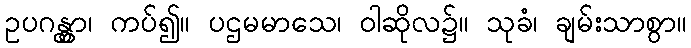
ဥပဂန္တွာ၊ ကပ်၍။ ပဌမမာသေ၊ ဝါဆိုလ၌။ သုခံ၊ ချမ်းသာစွာ။